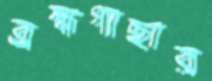
ব্রহ্মগাছার